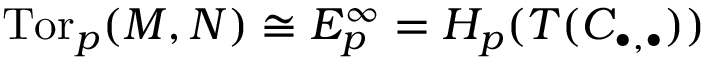
\operatorname { T o r } _ { p } ( M , N ) \cong E _ { p } ^ { \infty } = H _ { p } ( T ( C _ { \bullet , \bullet } ) )